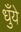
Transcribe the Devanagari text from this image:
धुँये